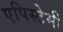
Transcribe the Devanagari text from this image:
एपिस्टेमी